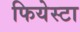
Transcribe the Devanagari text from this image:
फियेस्टा